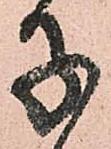
子